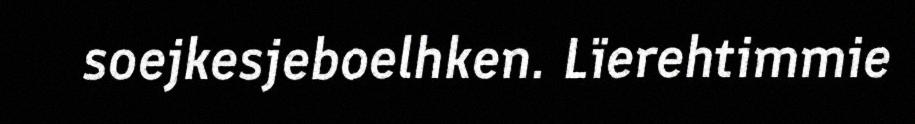
soejkesjeboelhken. Lïerehtimmie